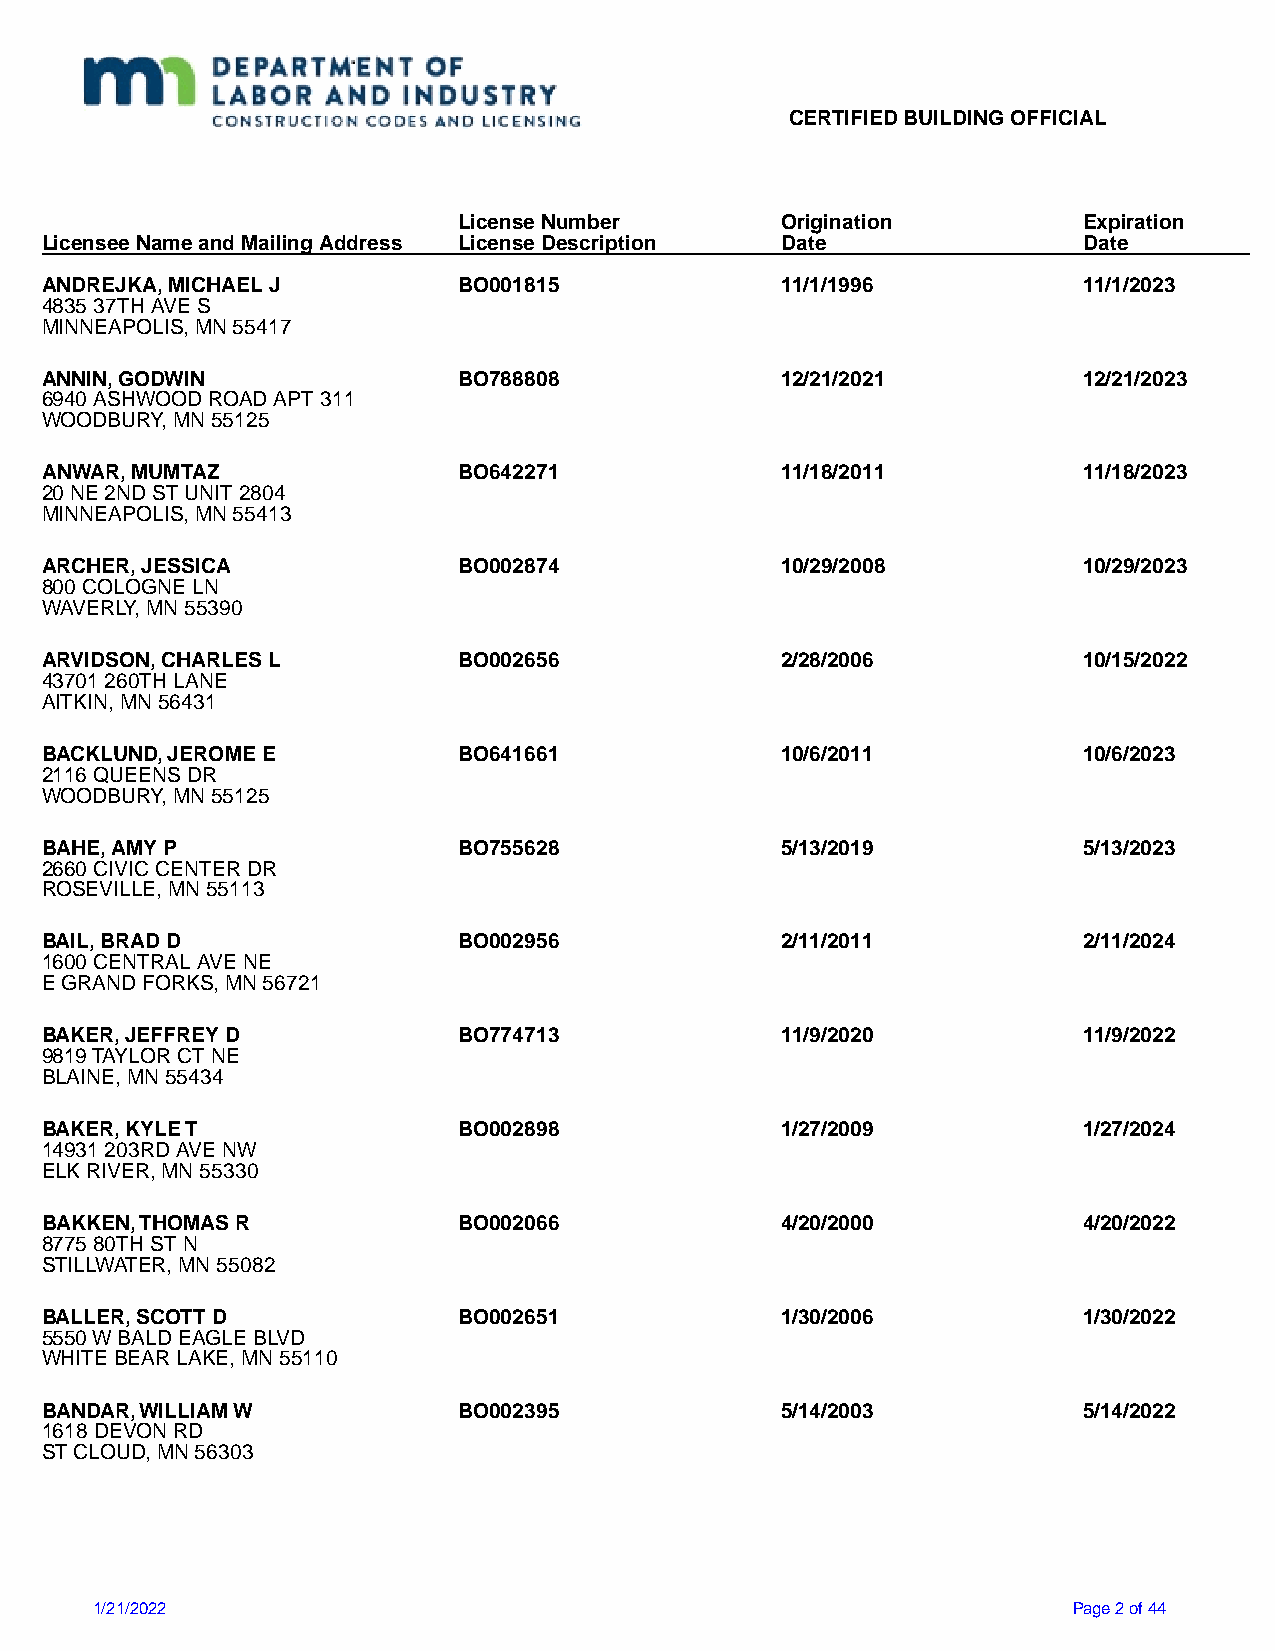
CERTIFIED BUILDING OFFICIAL
 License Number        Origination         Expiration
 Licensee Name and Mailing Address License Description Date           Date
 ANDREJKA, MICHAEL J        BO001815              11/1/1996           11/1/2023
 4835 37TH AVE S
 MINNEAPOLIS, MN 55417
 ANNIN, GODWIN              BO788808              12/21/2021          12/21/2023
 6940 ASHWOOD ROAD APT 311
 WOODBURY, MN 55125
 ANWAR, MUMTAZ              BO642271              11/18/2011          11/18/2023
 20 NE 2ND ST UNIT 2804
 MINNEAPOLIS, MN 55413
 ARCHER, JESSICA            BO002874              10/29/2008          10/29/2023
 800 COLOGNE LN
 WAVERLY, MN 55390
 ARVIDSON, CHARLES L        BO002656              2/28/2006           10/15/2022
 43701 260TH LANE
 AITKIN, MN 56431
 BACKLUND, JEROME E         BO641661              10/6/2011           10/6/2023
 2116 QUEENS DR
 WOODBURY, MN 55125
 BAHE, AMY P                BO755628              5/13/2019           5/13/2023
 2660 CIVIC CENTER DR
 ROSEVILLE, MN 55113
 BAIL, BRAD D               BO002956              2/11/2011           2/11/2024
 1600 CENTRAL AVE NE
 E GRAND FORKS, MN 56721
 BAKER, JEFFREY D           BO774713              11/9/2020           11/9/2022
 9819 TAYLOR CT NE
 BLAINE, MN 55434
 BAKER, KYLE T              BO002898              1/27/2009           1/27/2024
 14931 203RD AVE NW
 ELK RIVER, MN 55330
 BAKKEN, THOMAS R           BO002066              4/20/2000           4/20/2022
 8775 80TH ST N
 STILLWATER, MN 55082
 BALLER, SCOTT D            BO002651              1/30/2006           1/30/2022
 5550 W BALD EAGLE BLVD
 WHITE BEAR LAKE, MN 55110
 BANDAR, WILLIAM W          BO002395              5/14/2003           5/14/2022
 1618 DEVON RD
 ST CLOUD, MN 56303
 1/21/2022                                                        Page 2 of 44